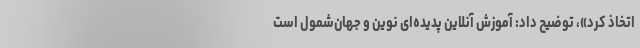
اتخاذ کرد»، توضیح داد: آموزش آنلاین پدیده‌ای نوین و جهان‌شمول است